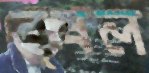
বৃষল